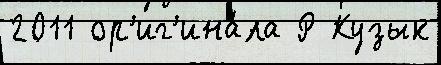
2011 ор'иг'ина́ла Р Кузык